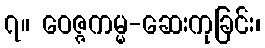
၇။ ဝေဇ္ဇကမ္မ-ဆေးကုခြင်း၊